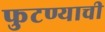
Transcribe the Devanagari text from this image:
फुटण्याची